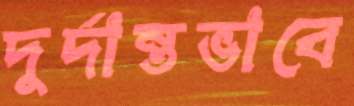
দুর্দান্তভাবে